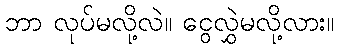
ဘာ လုပ်မလို့လဲ။ ငွေလွှဲမလို့လား။